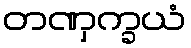
တဏှက္ခယံ